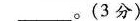
___。(3分)